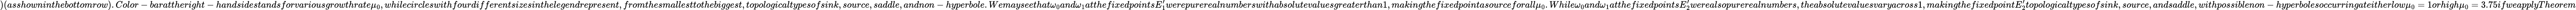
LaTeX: )(asshowninthebottomrow).Color-barattheright-handsidestandsforvariousgrowthrate\mu_{0},whilecircleswithfourdifferentsizesinthelegendrepresent,fromthesmallesttothebiggest,topologicaltypesofsink,source,saddle,andnon-hyperbole.Wemayseethat\omega_{0}and\omega_{1}atthefixedpointsE_{1}^{\prime}werepurerealnumberswithabsolutevaluesgreaterthan1,makingthefixedpointasourceforall\mu_{0}.While\omega_{0}and\omega_{1}atthefixedpointsE_{2}^{\prime}werealsopurerealnumbers,theabsolutevaluesvaryacross1,makingthefixedpointE_{2}^{\prime}topologicaltypesofsink,source,andsaddle,withpossiblenon-hyperbolesoccurringateitherlow\mu_{0}=1orhigh\mu_{0}=3.75ifweapplyTheorem